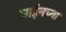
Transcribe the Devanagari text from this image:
वाईनच्या